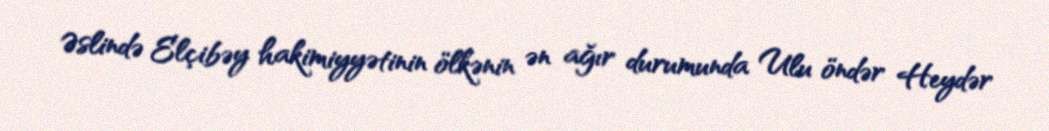
Əslində Elçibəy hakimiyyətinin ölkənin ən ağır durumunda Ulu öndər Heydər